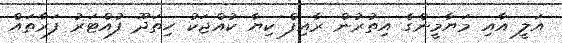
އަލީ އާއި މަޔާމީންގެ އިތުރުން ރާއިފް ކިޔާ ކުއްޖަކު ހިތަދޫ ފުއްޓަރު ފަރާތައް